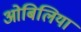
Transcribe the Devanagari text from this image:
ओबिलिया